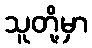
သူတို့မှာ